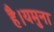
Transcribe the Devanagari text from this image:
है।यमुना